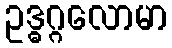
ဥဒ္ဓဂ္ဂလောမာ